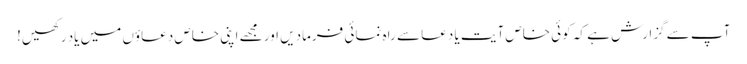
آپ سے گزارش ہے کہ کوئی خاص آیت یا دعا سے راہ نمائی فرمادیں اور مجھے اپنی خاص دعاؤں میں یاد رکھیں!